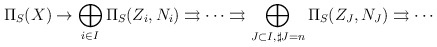
\begin{align*}\Pi_S(X) \rightarrow \bigoplus_{i \in I} \Pi_S(Z_i,N_i)\rightrightarrows \cdots \rightrightarrows \bigoplus_{J \subset I, \sharp J=n} \Pi_S(Z_J,N_J) \rightrightarrows \cdots\end{align*}